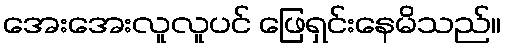
အေးအေးလူလူပင် ဖြေရှင်းနေမိသည်။